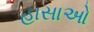
હાસાઓ